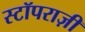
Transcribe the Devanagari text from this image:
स्टॉपराज़ी